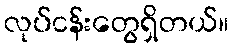
လုပ်ငန်းတွေရှိတယ်။